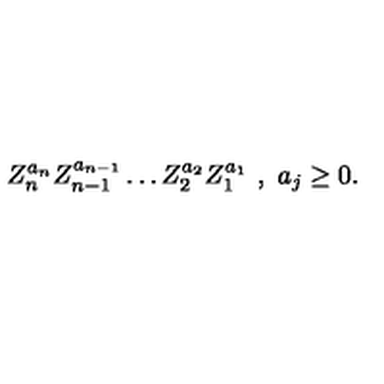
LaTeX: Z _ { n } ^ { a _ { n } } Z _ { n - 1 } ^ { a _ { n - 1 } } \ldots Z _ { 2 } ^ { a _ { 2 } } Z _ { 1 } ^ { a _ { 1 } } \ , \ a _ { j } \geq 0 .